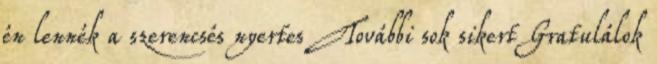
én lennék a szerencsés nyertes További sok sikert Gratulálok